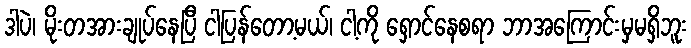
ဒါပဲ၊ မိုးတအားချုပ်နေပြီ ငါပြန်တော့မယ်၊ ငါ့ကို ရှောင်နေစရာ ဘာအကြောင်းမှမရှိဘူး